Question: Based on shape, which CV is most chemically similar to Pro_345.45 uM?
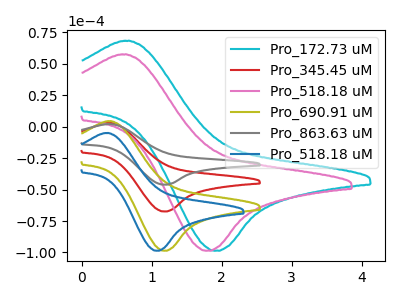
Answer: <think>The cyan curve "Pro_172.73 uM" has an anodic peak at (0.65V, 68.40uA) and a cathodic peak at (1.90V, -98.65uA). The red curve "Pro_345.45 uM" has an anodic peak at (0.40V, 3.05uA) and a cathodic peak at (1.20V, -67.45uA). The pink curve "Pro_518.18 uM" has an anodic peak at (0.60V, 57.60uA) and a cathodic peak at (1.80V, -98.65uA). The olive curve "Pro_690.91 uM" has an anodic peak at (0.40V, 4.45uA) and a cathodic peak at (1.20V, -98.65uA). The gray curve "Pro_863.63 uM" has an anodic peak at (0.40V, 6.05uA) and a cathodic peak at (1.20V, -134.85uA). The blue curve "Pro_518.18 uM" has an anodic peak at (0.35V, -5.00uA) and a cathodic peak at (1.05V, -98.65uA).
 "Pro_172.73 uM" and "Pro_345.45 uM" have at least one peak that do not match. "Pro_172.73 uM" and "Pro_518.18 uM" have at least one peak that do not match. "Pro_172.73 uM" and "Pro_690.91 uM" have at least one peak that do not match. "Pro_172.73 uM" and "Pro_863.63 uM" have at least one peak that do not match. "Pro_172.73 uM" and "Pro_518.18 uM" have at least one peak that do not match. "Pro_345.45 uM" and "Pro_518.18 uM" have at least one peak that do not match. All the peaks in "Pro_345.45 uM" have a peak in "Pro_690.91 uM" at the same potential. Every peak in "Pro_345.45 uM" is lower than every peak in "Pro_690.91 uM". All the peaks in "Pro_345.45 uM" have a peak in "Pro_863.63 uM" at the same potential. Every peak in "Pro_345.45 uM" is lower than every peak in "Pro_863.63 uM". "Pro_345.45 uM" and "Pro_518.18 uM" have at least one peak that do not match. "Pro_518.18 uM" and "Pro_690.91 uM" have at least one peak that do not match. "Pro_518.18 uM" and "Pro_863.63 uM" have at least one peak that do not match. "Pro_518.18 uM" and "Pro_518.18 uM" have at least one peak that do not match. All the peaks in "Pro_690.91 uM" have a peak in "Pro_863.63 uM" at the same potential. Every peak in "Pro_690.91 uM" is lower than every peak in "Pro_863.63 uM". "Pro_690.91 uM" and "Pro_518.18 uM" have at least one peak that do not match. "Pro_863.63 uM" and "Pro_518.18 uM" have at least one peak that do not match.</think>
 <answer>"Pro_345.45 uM" and "Pro_863.63 uM" have a similar shape to "Pro_690.91 uM".</answer>
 <eval>"Pro_345.45 uM" "Pro_863.63 uM"</eval>